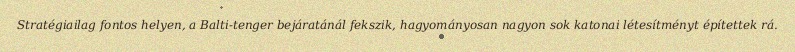
Stratégiailag fontos helyen, a Balti-tenger bejáratánál fekszik, hagyományosan nagyon sok katonai létesítményt építettek rá.